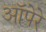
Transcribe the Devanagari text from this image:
ऑपेरे